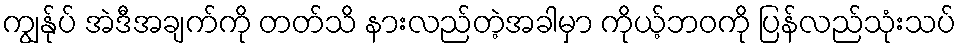
ကျွန်ုပ် အဲဒီအချက်ကို တတ်သိ နားလည်တဲ့အခါမှာ ကိုယ့်ဘဝကို ပြန်လည်သုံးသပ်